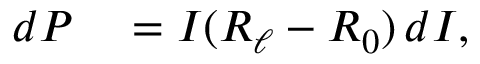
\begin{array} { r l } { \mathop { d P } } & { { } = I ( R _ { \ell } - R _ { 0 } ) \mathop { d I } , } \end{array}